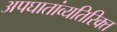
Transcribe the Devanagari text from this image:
अपघातांव्यतिरिक्त